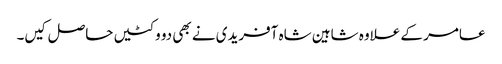
عامر کے علاوہ شاہین شاہ آفریدی نے بھی دو وکٹیں حاصل کیں۔